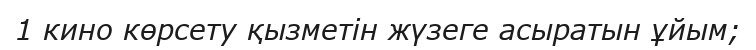
1 кино көрсету қызметін жүзеге асыратын ұйым;